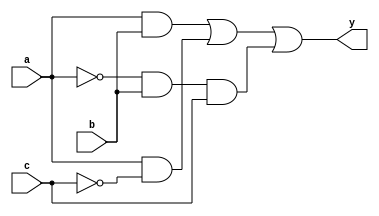
module combinational_logic_block (
    input wire a,      // Input variable A
    input wire b,      // Input variable B
    input wire c,      // Input variable C
    output wire y      // Output variable Y
);

// Internal signals for intermediate logic
wire not_a;
wire not_b;
wire not_c;
wire term1, term2, term3;

// Boolean algebra simplification (example expression)
assign not_a = ~a;          // NOT A
assign not_b = ~b;          // NOT B
assign not_c = ~c;          // NOT C

// Example terms based on a hypothetical truth table
assign term1 = a & b;       // A AND B
assign term2 = a & not_c;   // A AND NOT C
assign term3 = not_a & b & c; // NOT A AND B AND C

// Final output expression (example minimized logic expression)
assign y = term1 | term2 | term3; // Output Y is the OR of the terms

endmodule